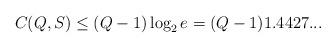
LaTeX: \begin{align*}C_{}(Q, S) \leq (Q-1) \log_2 e = (Q-1) 1.4427...\end{align*}